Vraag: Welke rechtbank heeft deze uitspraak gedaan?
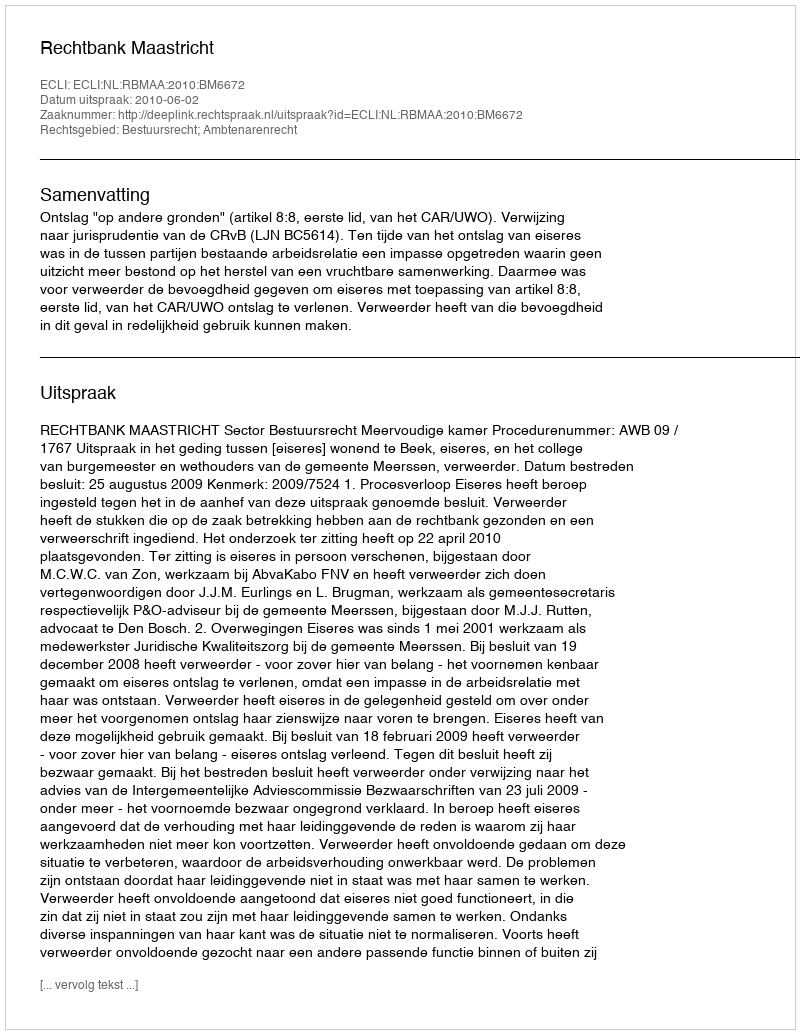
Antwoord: Rechtbank Maastricht